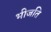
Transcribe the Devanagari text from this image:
भीजति